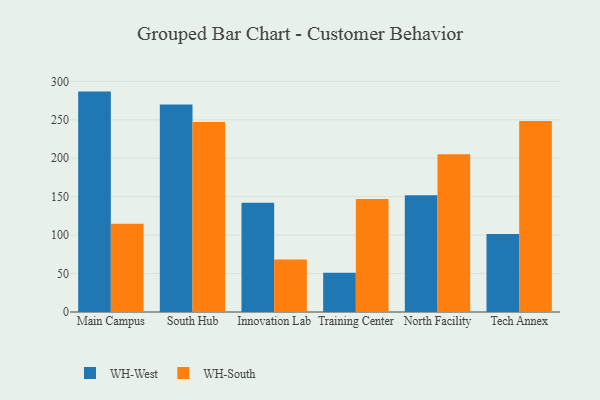
{"axis": {"x": "Campus", "y": "Gross Profit (USD K)"}, "legend": ["WH-South", "WH-West"], "data": [{"x": "Main Campus", "y": 286.7, "type": "WH-West"}, {"x": "Main Campus", "y": 114.9, "type": "WH-South"}, {"x": "South Hub", "y": 269.9, "type": "WH-West"}, {"x": "South Hub", "y": 247.0, "type": "WH-South"}, {"x": "Innovation Lab", "y": 142.2, "type": "WH-West"}, {"x": "Innovation Lab", "y": 68.3, "type": "WH-South"}, {"x": "Training Center", "y": 51.0, "type": "WH-West"}, {"x": "Training Center", "y": 147.0, "type": "WH-South"}, {"x": "North Facility", "y": 152.0, "type": "WH-West"}, {"x": "North Facility", "y": 205.3, "type": "WH-South"}, {"x": "Tech Annex", "y": 101.4, "type": "WH-West"}, {"x": "Tech Annex", "y": 248.5, "type": "WH-South"}]}